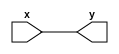
module displayA
(
    input[5:0] x,
    output[5:0] y
);
//This module is to set ouptut as first 8 bit number    
assign y=x;
endmodule